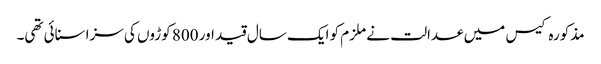
مذکورہ کیس میں عدالت نے ملزم کو ایک سال قید اور 800 کوڑوں کی سزا سنائی تھی۔